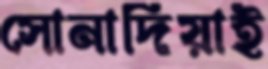
সোনাদিয়াই